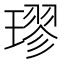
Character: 璆